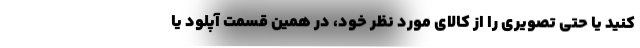
کنید یا حتی تصویری را از کالای مورد نظر خود، در همین قسمت آپلود یا